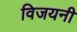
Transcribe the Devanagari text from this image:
विजयनी